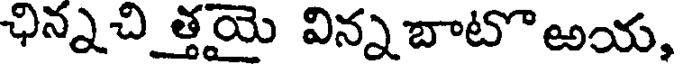
ఛిన్నచి త్తయై విన్నబాటొఅయ,